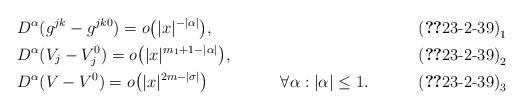
LaTeX: \begin{align*}&D ^\alpha (g^{jk}-g^{jk0})=o\bigl(|x|^{-|\alpha |}\bigr),\tag*{$\textup{(\ref*{23-2-39})}_1$}\\&D ^\alpha (V_j-V_j^0)=o\bigl(|x|^{m_1+1-|\alpha |}\bigr),\tag*{$\textup{(\ref*{23-2-39})}_2$}\\&D ^\alpha (V-V^0)=o\bigl(|x|^{2m-|\sigma |}\bigr)&&\forall \alpha : |\alpha |\le 1.\tag*{$\textup{(\ref*{23-2-39})}_3$}\end{align*}